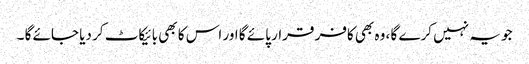
جو یہ نہیں کرے گا ، وہ بھی کافر قرار پائے گا اور اس کا بھی بائیکاٹ کر دیا جائے گا ۔